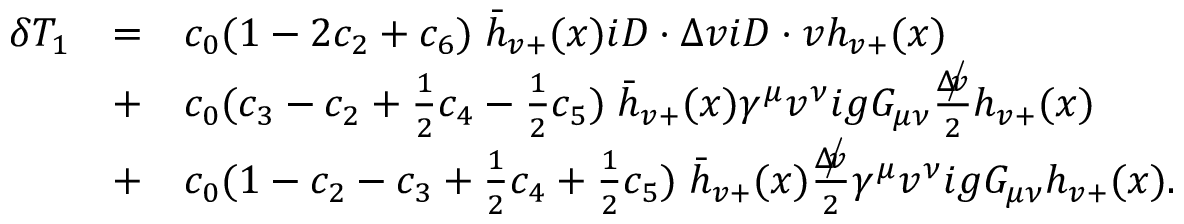
\begin{array} { l c l } { { \delta { \cal T } _ { 1 } } } & { { = } } & { { c _ { 0 } ( 1 - 2 c _ { 2 } + c _ { 6 } ) \; \bar { h } _ { v + } ( x ) i D \cdot \Delta v i D \cdot v h _ { v + } ( x ) } } \\ { { } } & { { + } } & { { c _ { 0 } ( c _ { 3 } - c _ { 2 } + { \frac { 1 } { 2 } } c _ { 4 } - { \frac { 1 } { 2 } } c _ { 5 } ) \; \bar { h } _ { v + } ( x ) \gamma ^ { \mu } v ^ { \nu } i g G _ { \mu \nu } { \frac { \; \rlap / { \! \! { \Delta } \! v } } { 2 } } h _ { v + } ( x ) } } \\ { { } } & { { + } } & { { c _ { 0 } ( 1 - c _ { 2 } - c _ { 3 } + { \frac { 1 } { 2 } } c _ { 4 } + { \frac { 1 } { 2 } } c _ { 5 } ) \; \bar { h } _ { v + } ( x ) { \frac { \; \rlap / { \! \! { \Delta } \! v } } { 2 } } \gamma ^ { \mu } v ^ { \nu } i g G _ { \mu \nu } h _ { v + } ( x ) . } } \end{array}